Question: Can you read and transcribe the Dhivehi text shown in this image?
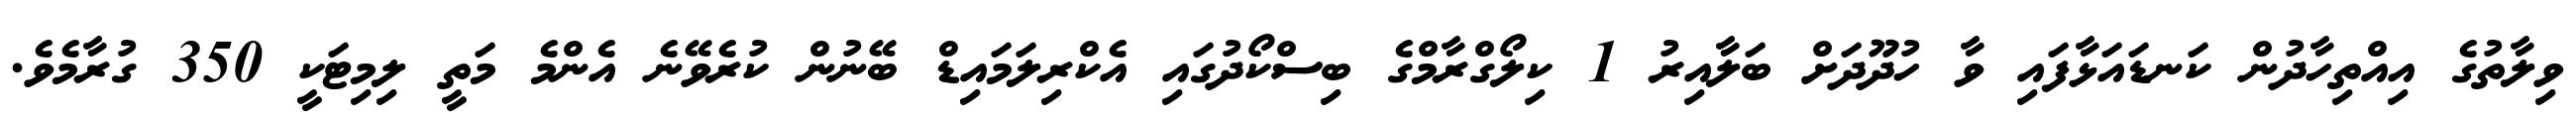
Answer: ވިލާތުގެ އިއްތިހާދުން ކަނޑައަޅާފައި ވާ ހުދޫދަށް ބަލާއިރު 1 ކިލޯގްރާމްގެ ބިސްކޯދުގައި އެކްރިލަމައިޑް ބޭނުން ކުރެވޭނެ އެންމެ މަތީ ލިމިޓަކީ 350 ގުރާމެވެ.